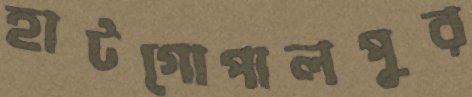
হাটগোপালপুর